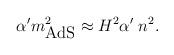
LaTeX: \begin{align*}\alpha' m^2_{\mbox{AdS}}\approx H^2\alpha'\;n^2.\end{align*}